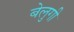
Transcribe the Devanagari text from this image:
बेलुगी